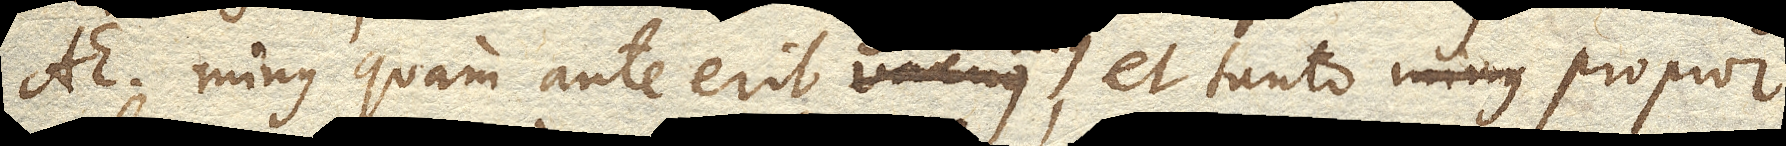
AE. minus quam ante erit vacuus, et tanto propior